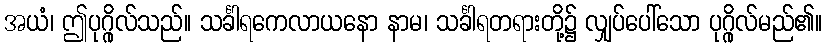
အယံ၊ ဤပုဂ္ဂိုလ်သည်။ သင်္ခါရကေလာယနော နာမ၊ သင်္ခါရတရားတို့၌ လျှပ်ပေါ်သော ပုဂ္ဂိုလ်မည်၏။